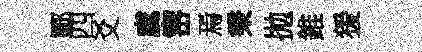
鄆四爻虞宻焉秉拋錐猨